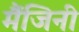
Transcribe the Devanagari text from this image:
मैंजिनी